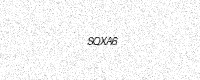
Text: SQXA6